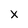
Character: X